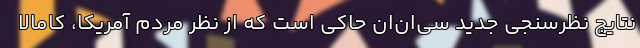
نتایج نظرسنجی جدید سی‌ان‌ان حاکی است که از نظر مردم آمریکا، کامالا